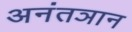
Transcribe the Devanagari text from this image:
अनंतञान